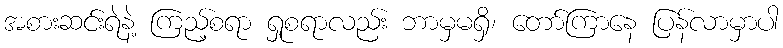
အစားဆင်းရဲနဲ့ ကြည့်စရာ ရှုစရာလည်း ဘာမှမရှိ၊ တော်ကြာနေ ပြန်လာမှာပါ